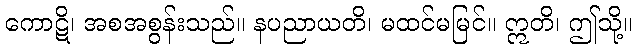
ကောဋိ၊ အစအစွန်းသည်။ နပညာယတိ၊ မထင်မမြင်။ ဣတိ၊ ဤသို့။